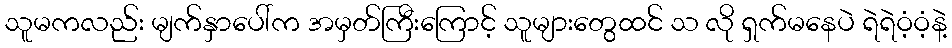
သူမကလည်း မျက်နှာပေါ်က အမှတ်ကြီးကြောင့် သူများတွေထင် သ လို ရှက်မနေပဲ ရဲရဲဝံ့ဝံ့နဲ့